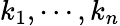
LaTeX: k_{1},\cdots,k_{n}